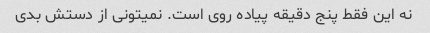
نه این فقط پنج دقیقه پیاده روی است. نمیتونی از دستش بدی